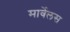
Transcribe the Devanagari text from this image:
मार्वेलस